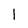
Character: 1